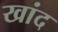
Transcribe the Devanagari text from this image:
खांद